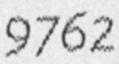
9762